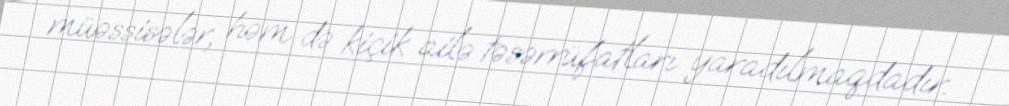
müəssisələr, həm də kiçik ailə təsərrüfatları yaradılmaqdadır.